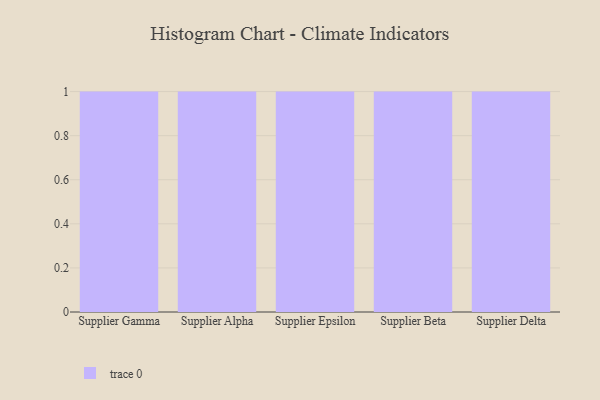
{"axis": {"x": "Supplier", "y": "Tickets Resolved"}, "legend": [""], "data": [{"x": "Supplier Gamma", "y": 71, "type": ""}, {"x": "Supplier Alpha", "y": 4, "type": ""}, {"x": "Supplier Epsilon", "y": 73, "type": ""}, {"x": "Supplier Beta", "y": 4, "type": ""}, {"x": "Supplier Delta", "y": 70, "type": ""}]}